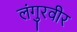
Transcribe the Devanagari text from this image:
लंगुरवीर